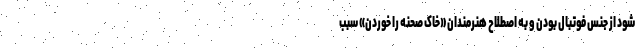
شود از جنس فوتبال بودن و به اصطلاح هنرمندان «خاک صحنه را خوردن» سبب